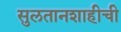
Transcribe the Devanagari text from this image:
सुलतानशाहीची